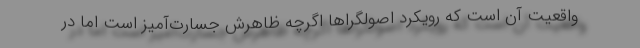
واقعیت آن است که رویکرد اصولگراها اگرچه ظاهرش جسارت‌آمیز است اما در